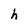
Character: h